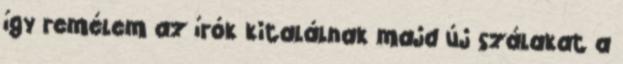
így remélem az írók kitalálnak majd új szálakat a